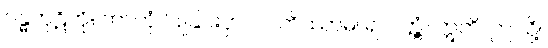
ဂန္ဓကုဋိကို။ ကာတုံ၊ ပြုခြင်းငှာ။ လဘိဿာမိ၊ ရလတ္တံ့။ ဣတိ၊ ဤသို့။